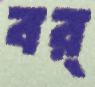
বর্